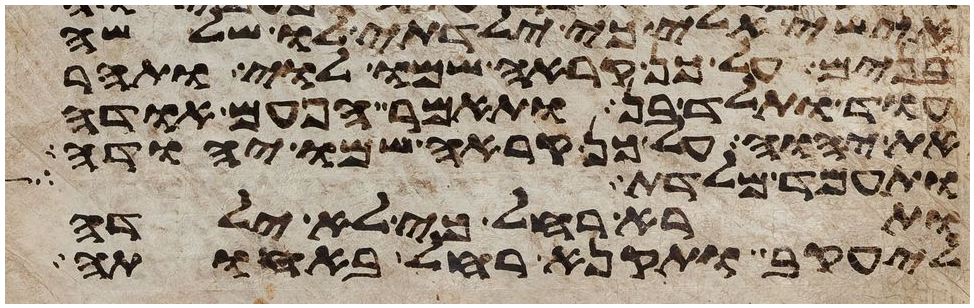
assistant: אישי אלי כי ילדתי לו שלשה
בנים על כן קראה שמו לוי ותהר
עוד ותלד בן ותאמר הפעם אודה
את יהוה על כן קראה שמו יהודה
ותעמד מלדת
ותרא רחל כי לא ילדה
ליעקב ותקנא רחל באחותה